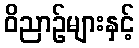
ဝိညာဉ်များနှင့်